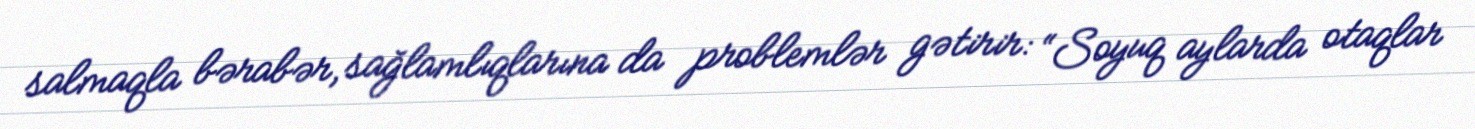
salmaqla bərabər, sağlamlıqlarına da problemlər gətirir: “Soyuq aylarda otaqlar